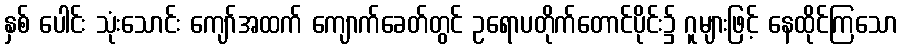
နှစ် ပေါင်း သုံးသောင်း ကျော်အထက် ကျောက်ခေတ်တွင် ဥရောပတိုက်တောင်ပိုင်း၌ ဂူများဖြင့် နေထိုင်ကြသော